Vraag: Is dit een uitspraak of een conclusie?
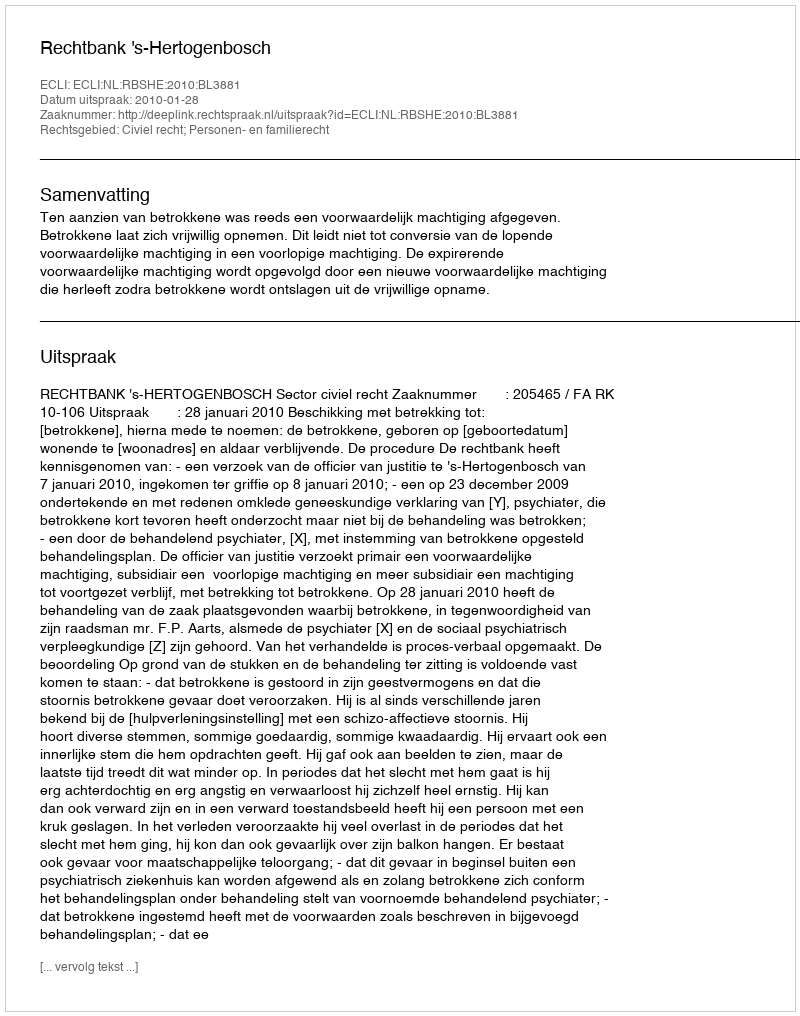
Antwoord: Uitspraak